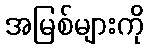
အမြစ်များကို